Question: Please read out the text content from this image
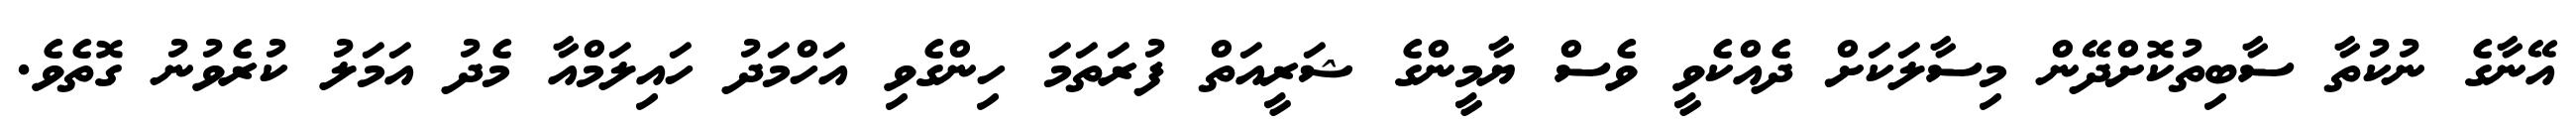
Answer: އޭނާގެ ނުކުތާ ސާބިތުކޮށްދޭން މިސާލަކަށް ދެއްކެވީ ވެސް ޔާމީންގެ ޝަރީއަތް ފުރަތަމަ ހިންގެވި އަހްމަދު ހައިލަމްއާ މެދު އަމަލު ކުރެވުނު ގޮތެވެ.